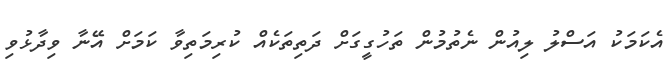
އެކަމަކު އަސްލު ލިއުން ނެތުމުން ތަހުގީގަށް ދަތިތަކެއް ކުރިމަތިވާ ކަމަށް އޭނާ ވިދާޅުވި